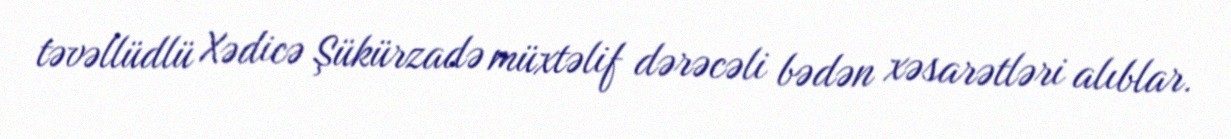
təvəllüdlü Xədicə Şükürzadə müxtəlif dərəcəli bədən xəsarətləri alıblar.